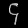
Digit: ၄